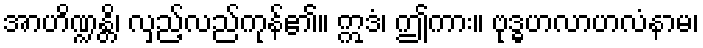
အာဟိဏ္ဍန္တိ၊ လှည့်လည်ကုန်၏။ ဣဒံ၊ ဤကား။ ဗုဒ္ဓဟလာဟလံနာမ၊